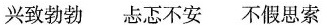
兴致勃勃 忐忑不安 不假思索